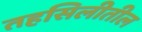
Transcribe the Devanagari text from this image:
तहसिलीतील